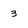
Character: 3